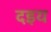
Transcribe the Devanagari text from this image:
दइय